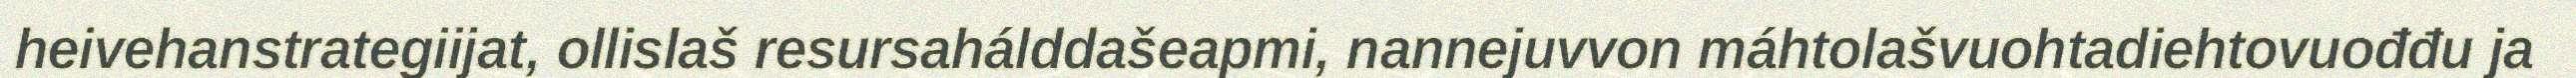
heivehanstrategiijat, ollislaš resursahálddašeapmi, nannejuvvon máhtolašvuohtadiehtovuođđu ja